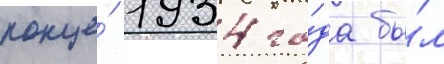
конце́ 1934 го́да бы́л